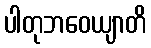
ပါတုဘဝေယျာတိ